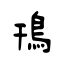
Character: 鳱